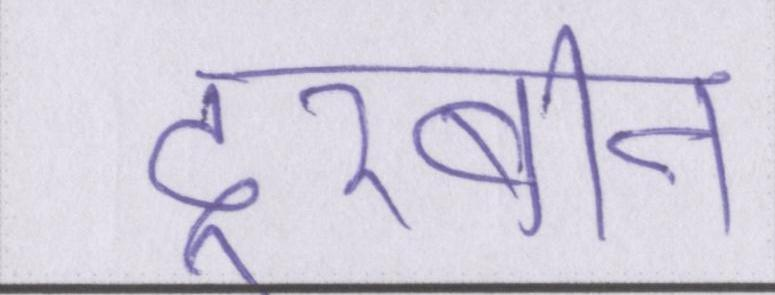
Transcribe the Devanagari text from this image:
दूरबीन